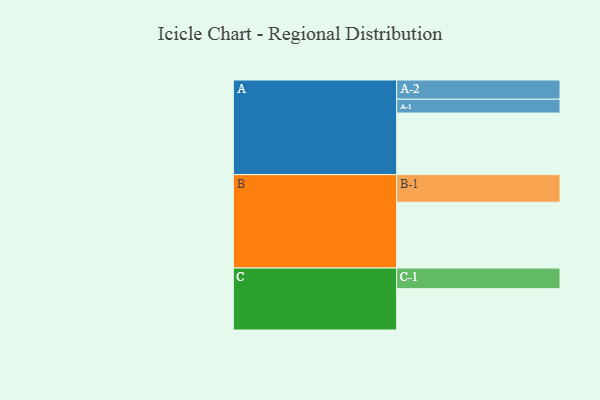
{"axis": {"x": "Segment", "y": "Value"}, "legend": ["", "A", "B", "C"], "data": [{"x": "A", "y": 471, "type": ""}, {"x": "B", "y": 504, "type": ""}, {"x": "C", "y": 316, "type": ""}, {"x": "A-1", "y": 106, "type": "A"}, {"x": "A-2", "y": 147, "type": "A"}, {"x": "B-1", "y": 211, "type": "B"}, {"x": "C-1", "y": 158, "type": "C"}]}